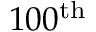
1 0 0 ^ { \mathrm { t h } }